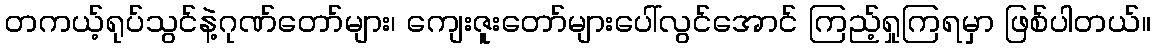
တကယ့်ရုပ်သွင်နဲ့ဂုဏ်တော်များ၊ ကျေးဇူးတော်များပေါ်လွင်အောင် ကြည့်ရှုကြရမှာ ဖြစ်ပါတယ်။